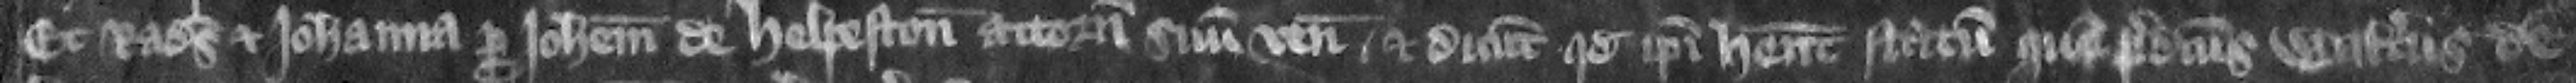
Et Radulfus et Iohanna per Iohannem de Helpeston attornatum suum veniunt et dicunt quod ipsi habent statum quem predicts Walterus de